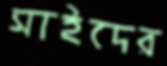
সাইদের